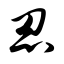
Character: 忍